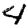
Digit: 4